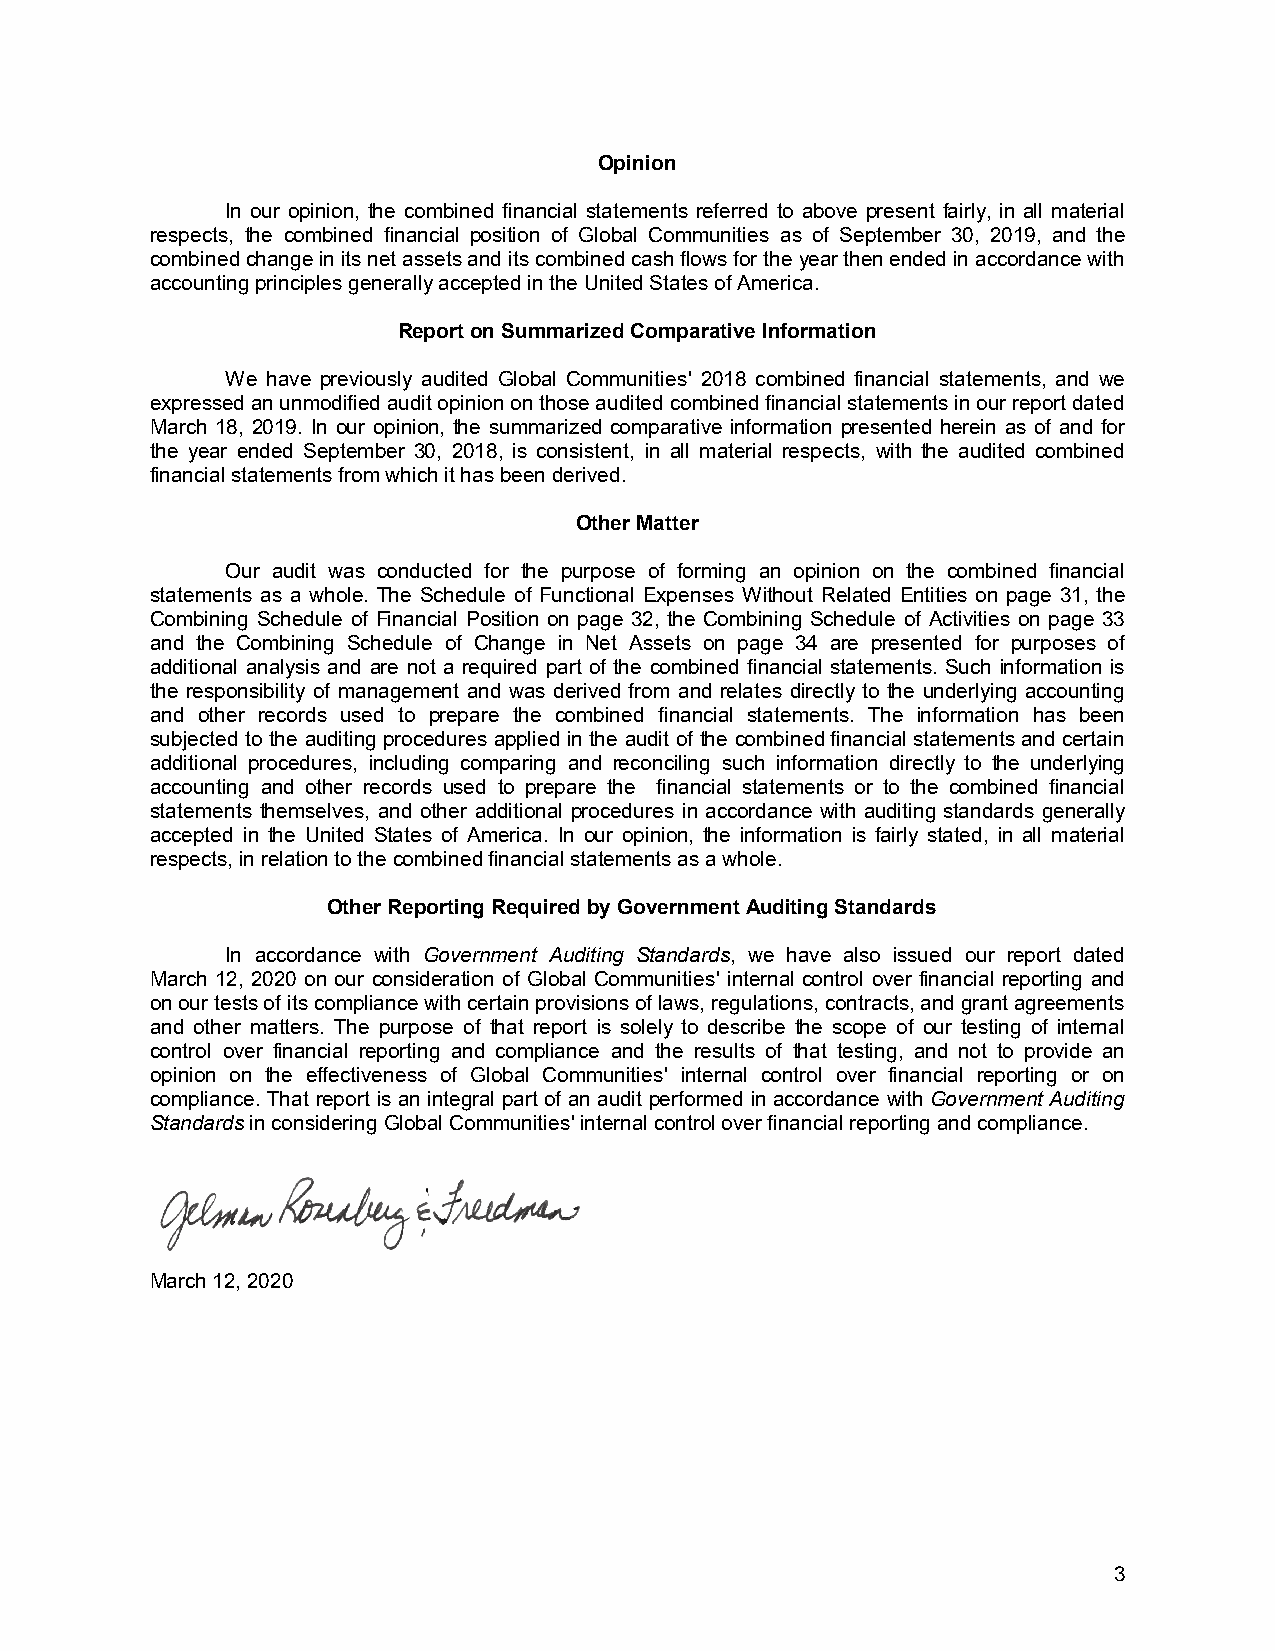
Opinion
 In our opinion, the combined financial statements referred to above present fairly, in all material
 respects, the combined financial position of Global Communities as of September 30, 2019, and the
 combinedchange in its net assets and its combined cash flows for the year then ended in accordance with
 accounting principles generally accepted in the United States of America.
 Report on Summarized Comparative Information
 We have previously audited Global Communities' 2018 combined financial statements, and we
 expressed an unmodified audit opinion on those audited combined financial statements in our report dated
 March 18, 2019. In our opinion, the summarized comparative information presented herein as of and for
 the year ended September 30, 2018, is consistent, in all material respects, with the audited combined
 financial statements from which it has been derived.
 Other Matter
 Our audit was conducted for the purpose of forming an opinion on the combined financial
 statements as a whole. The Schedule of Functional Expenses Without Related Entities on page 31, the
 Combining Schedule of Financial Position on page 32, the Combining Schedule of Activities on page 33
 and the Combining Schedule of Change in Net Assets on page 34 are presented for purposes of
 additional analysis and are not a required part of the combined financial statements. Such information is
 the responsibility of management and was derived from and relates directly to the underlying accounting
 and other records used to prepare the combined financial statements. The information has been
 subjected to the auditing procedures applied in the audit of the combined financial statements and certain
 additional procedures, including comparing and reconciling such information directly to the underlying
 accounting and other records used to prepare the financial statements or to the combined financial
 statements themselves, and other additional procedures in accordance with auditing standards generally
 accepted in the United States of America. In our opinion, the information is fairly stated, in all material
 respects, in relation to the combined financial statements as a whole.
 Other Reporting Required by Government Auditing Standards
 In accordance with Government Auditing Standards, we have also issued our report dated
 March 12, 2020 on our consideration of Global Communities' internal control over financial reporting and
 on our tests of its compliance with certain provisions of laws, regulations, contracts, and grant agreements
 and other matters. The purpose of that report is solely to describe the scope of our testing of internal
 control over financial reporting and compliance and the results of that testing, and not to provide an
 opinion on the effectiveness of Global Communities' internal control over financial reporting or on
 compliance. That report is an integral part of an audit performed in accordance with Government Auditing
 Standards in considering Global Communities' internal control over financial reporting and compliance.
 March 12, 2020
 3